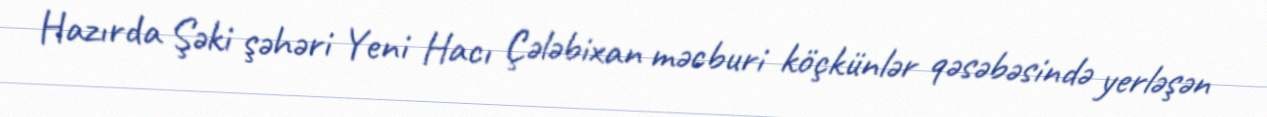
Hazırda Şəki şəhəri Yeni Hacı Çələbixan məcburi köçkünlər qəsəbəsində yerləşən